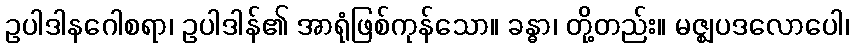
ဥပါဒါနဂေါစရာ၊ ဥပါဒါန်၏ အာရုံဖြစ်ကုန်သော။ ခန္ဓာ၊ တို့တည်း။ မဇ္ဈပဒလောပေါ၊